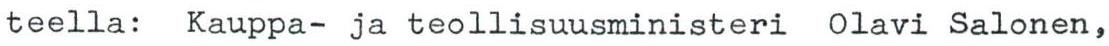
teella: Kauppa- ja teollisuusministeri Olavi Salonen,